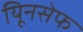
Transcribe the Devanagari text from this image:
यिूनसेफ